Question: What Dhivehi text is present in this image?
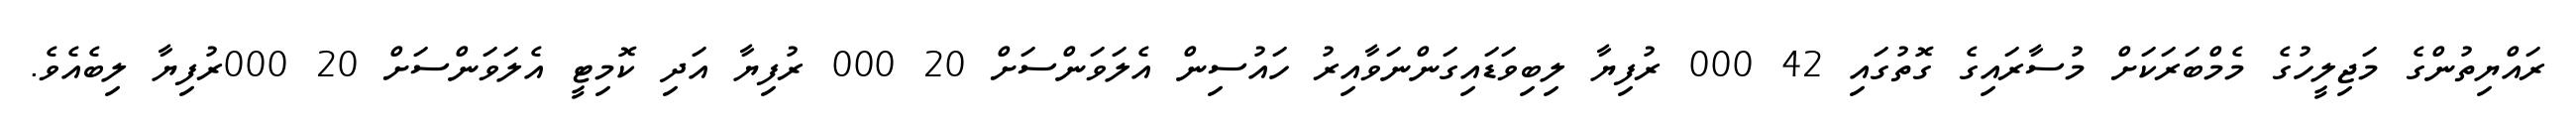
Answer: ރައްޔިތުންގެ މަޖިލީހުގެ މެމްބަރަކަށް މުސާރައިގެ ގޮތުގައި 42 000 ރުފިޔާ ލިބިވަޑައިގަންނަވާއިރު ހައުސިން އެލަވަންސަށް 20 000 ރުފިޔާ އަދި ކޮމިޓީ އެލަވަންސަށް 20 000ރުފިޔާ ލިބެއެވެ.